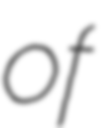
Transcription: of